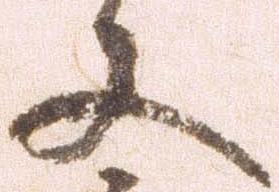
又